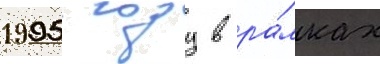
1995 году в ра́мках